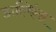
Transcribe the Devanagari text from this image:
डाल्फिंस